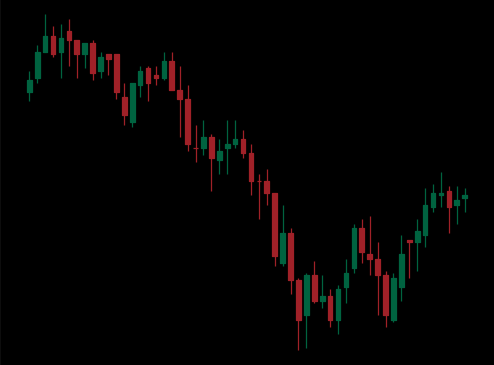
Pattern: bull_flag